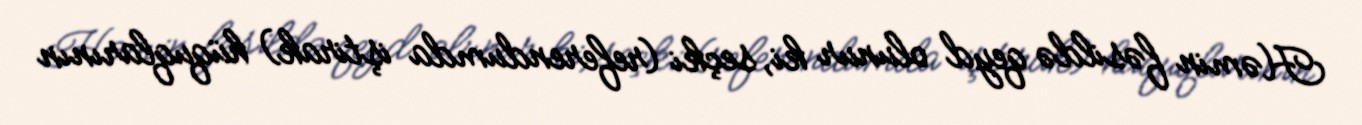
Həmin fəsildə qeyd olunur ki, seçki (referendumda iştirak) hüquqlarının